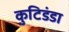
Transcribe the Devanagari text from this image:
कुटिडंडा